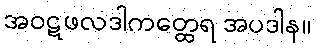
အဝဋဖလဒါကတ္ထေရ အပဒါန။